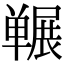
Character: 冁